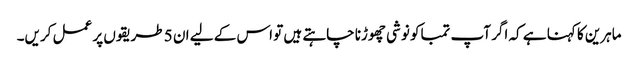
ماہرین کا کہنا ہے کہ اگر آپ تمباکو نوشی چھوڑنا چاہتے ہیں تو اس کے لیے ان 5 طریقوں پر عمل کریں۔